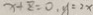
x + z = 0 , y = 2 x